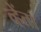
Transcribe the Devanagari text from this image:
व्हेंता